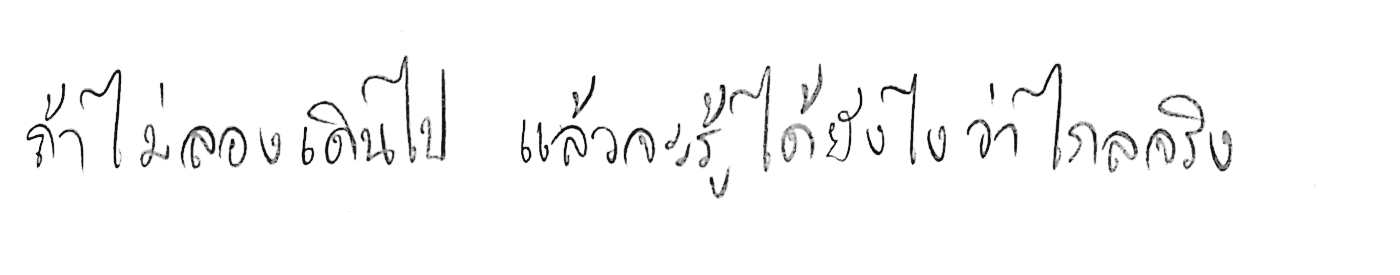
ถ้าไม่ลองเดินไป แล้วจะรู้ได้ยังไงว่าไกลจริง